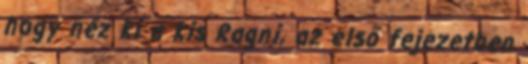
hogy néz ki a kis Ragni, az első fejezetben